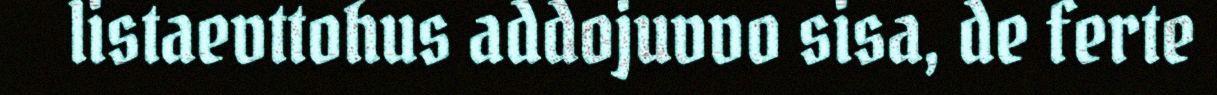
listaevttohus addojuvvo sisa, de ferte